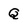
Character: Q